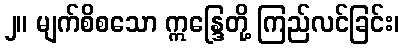
၂။ မျက်စိစသော ဣန္ဒြေတို့ ကြည်လင်ခြင်း၊